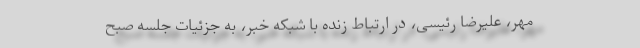
مهر، علیرضا رئیسی، در ارتباط زنده با شبکه خبر، به جزئیات جلسه صبح